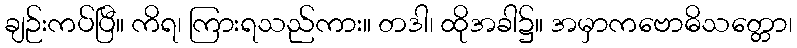
ချဉ်းကပ်ပြီ။ ကိရ၊ ကြားရသည်ကား။ တဒါ၊ ထိုအခါ၌။ အမှာကဗောဓိသတ္တော၊